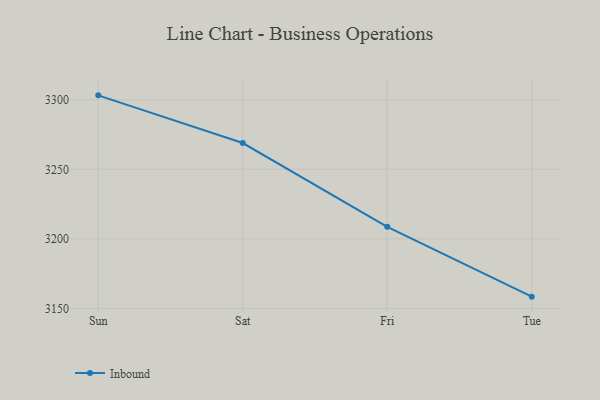
{"axis": {"x": "Day", "y": "Operating Costs (USD K)"}, "legend": ["Inbound"], "data": [{"x": "Sun", "y": 3303.2, "type": "Inbound"}, {"x": "Sat", "y": 3268.9, "type": "Inbound"}, {"x": "Fri", "y": 3208.6, "type": "Inbound"}, {"x": "Tue", "y": 3158.4, "type": "Inbound"}]}